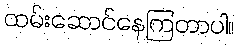
ထမ်းဆောင်နေကြတာပါ။